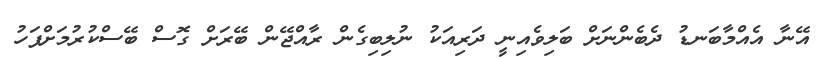
އޭނާ އެއްމާބަނޑު ދެބެންނަށް ބަލިވެއިނީ ދަރިއަކު ނުލިބިގެން ރާއްޖޭން ބޭރަށް ގޮސް ބޭސްކުރުމަށްފަހު